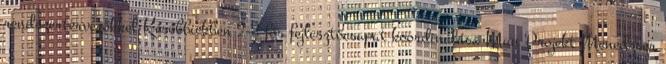
rendszertervezőkkel Későbbiekben 2-3 fős fejlesztőcsapat koordinálása Mun Projekt Menedzser